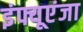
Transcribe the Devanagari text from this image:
इंफ्यूएंजा